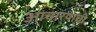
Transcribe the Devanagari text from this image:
आचार्‍याची